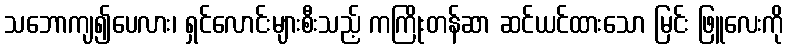
သဘောကျ၍ပေလား၊ ရှင်လောင်းများစီးသည့် ကကြိုးတန်ဆာ ဆင်ယင်ထားသော မြင်း ဖြူလေးကို